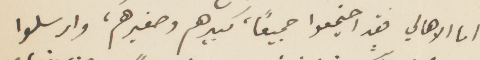
اما ألأهالي فقد اجتمعوا جميعًا، كبيرهم وصغيرهم، وارسلوا